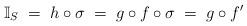
LaTeX: \begin{align*}\mathbb{I}_S \; = \; h \circ \sigma \; = \; g \circ f \circ \sigma \;= \; g \circ f^\prime\end{align*}